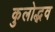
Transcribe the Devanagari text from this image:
कुलोद्भव